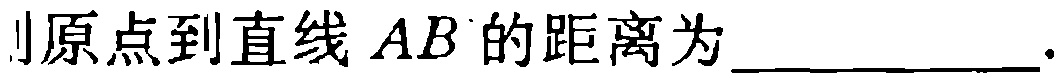
则原点到直线 \(AB\) 的距离为____________.